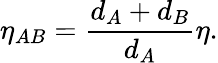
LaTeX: \eta_{AB}=\frac{d_{A}+d_{B}}{d_{A}}\eta.